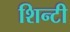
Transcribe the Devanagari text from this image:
शिन्टी